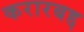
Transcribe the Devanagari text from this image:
करारबद्द